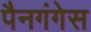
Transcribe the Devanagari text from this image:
पैनगंगेस